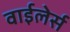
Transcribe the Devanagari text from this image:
वाईलेर्स